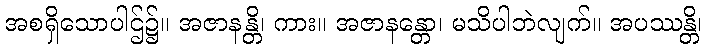
အစရှိသောပါဌ်၌။ အဇာနန္တိ၊ ကား။ အဇာနန္တော၊ မသိပါဘဲလျက်။ အပဿန္တိ၊